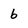
Character: b